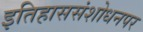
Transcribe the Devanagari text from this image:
इतिहाससंशोधनपर